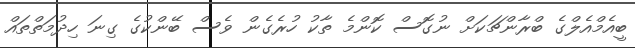
ބީއެމްއެލްގެ ބްރާންޗަކަށް ނުގޮސް ކޮންމެ ތާކު ހުރެގެން ވެސް ބޭންކުގެ ގިނަ ހިދުމަތްތައް